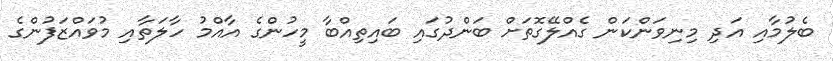
ބެލުމާއި އަދި މިނިވަންކަން ގެއްލޭގޮތަށް ބަންދުގައި ބައިތިއްބާ މީހުންގެ އާއްމު ހާލަތާއި މުވައްޒަފުންގެ